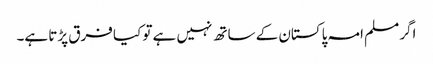
اگر مسلم امہ پاکستان کے ساتھ نہیں ہے تو کیا فرق پڑتا ہے۔